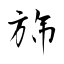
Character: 旆